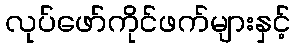
လုပ်ဖော်ကိုင်ဖက်များနှင့်